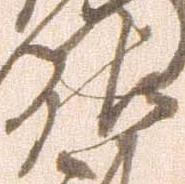
佐